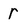
Character: r